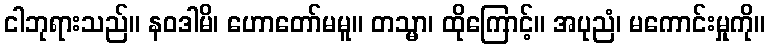
ငါဘုရားသည်။ နဝဒါမိ၊ ဟောတော်မမူ။ တသ္မာ၊ ထိုကြောင့်။ အပုညံ၊ မကောင်းမှုကို။